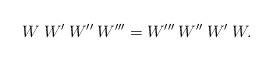
\begin{align*}W \> W' \> W'' \> W''' = W''' \> W'' \> W' \> W. \end{align*}